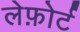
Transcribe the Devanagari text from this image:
लेफ़ोर्ट